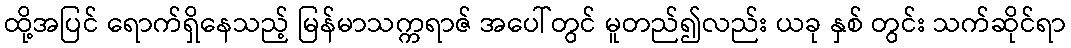
ထို့အပြင် ရောက်ရှိနေသည့် မြန်မာသက္ကရာဇ် အပေါ်တွင် မူတည်၍လည်း ယခု နှစ် တွင်း သက်ဆိုင်ရာ